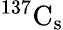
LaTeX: ^{137}\mathrm{C_{s}}